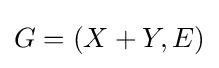
G=(X+Y,E)